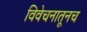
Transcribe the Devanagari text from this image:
विवेचनातूनच